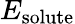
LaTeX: E_{\mathrm{solute}}